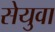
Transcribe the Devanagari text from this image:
सेयुवा